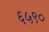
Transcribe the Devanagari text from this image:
६५९०